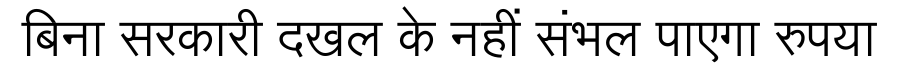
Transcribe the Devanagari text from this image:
बिना सरकारी दखल के नहीं संभल पाएगा रुपया